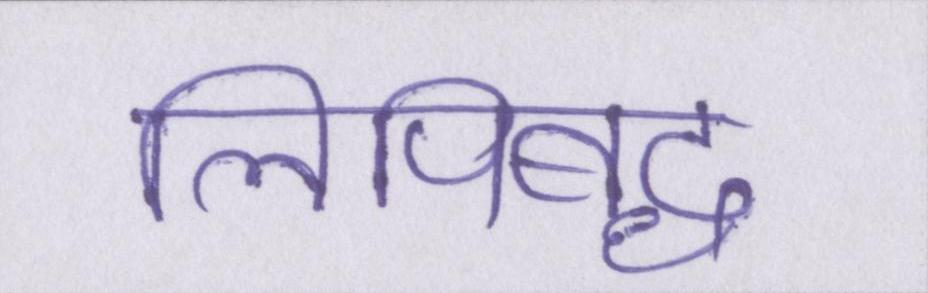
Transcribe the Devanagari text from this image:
लिपिबद्ध